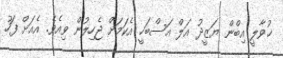
ޚުވާލީ އިބްން ޔަޒީދު އަލް އަސްބަހީ އެކަމަށް ޖެހިލުން ވިއެވެ. އެއަށް ފަހު